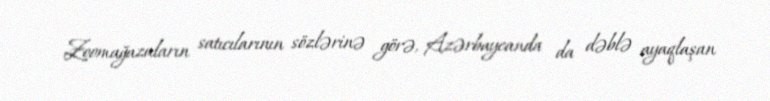
Zoomağazaların satıcılarının sözlərinə görə, Azərbaycanda da dəblə ayaqlaşan